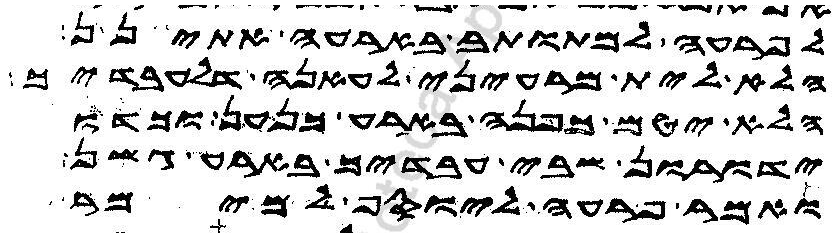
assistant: לפרעה למתותב בארעה אתינן
הלא לית מרעיני לעאנה דלעבדיך
הלא יטם כפנה בארע כנען וכדו
ידורון שבי עבדיך בארע גשן
ואמר פרעה ליוסף למימר